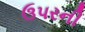
ઉપરની